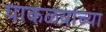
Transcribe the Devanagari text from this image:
पाकळय़ांच्या